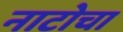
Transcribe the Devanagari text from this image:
नाटोचा